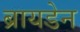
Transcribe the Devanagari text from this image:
ब्रायडेन